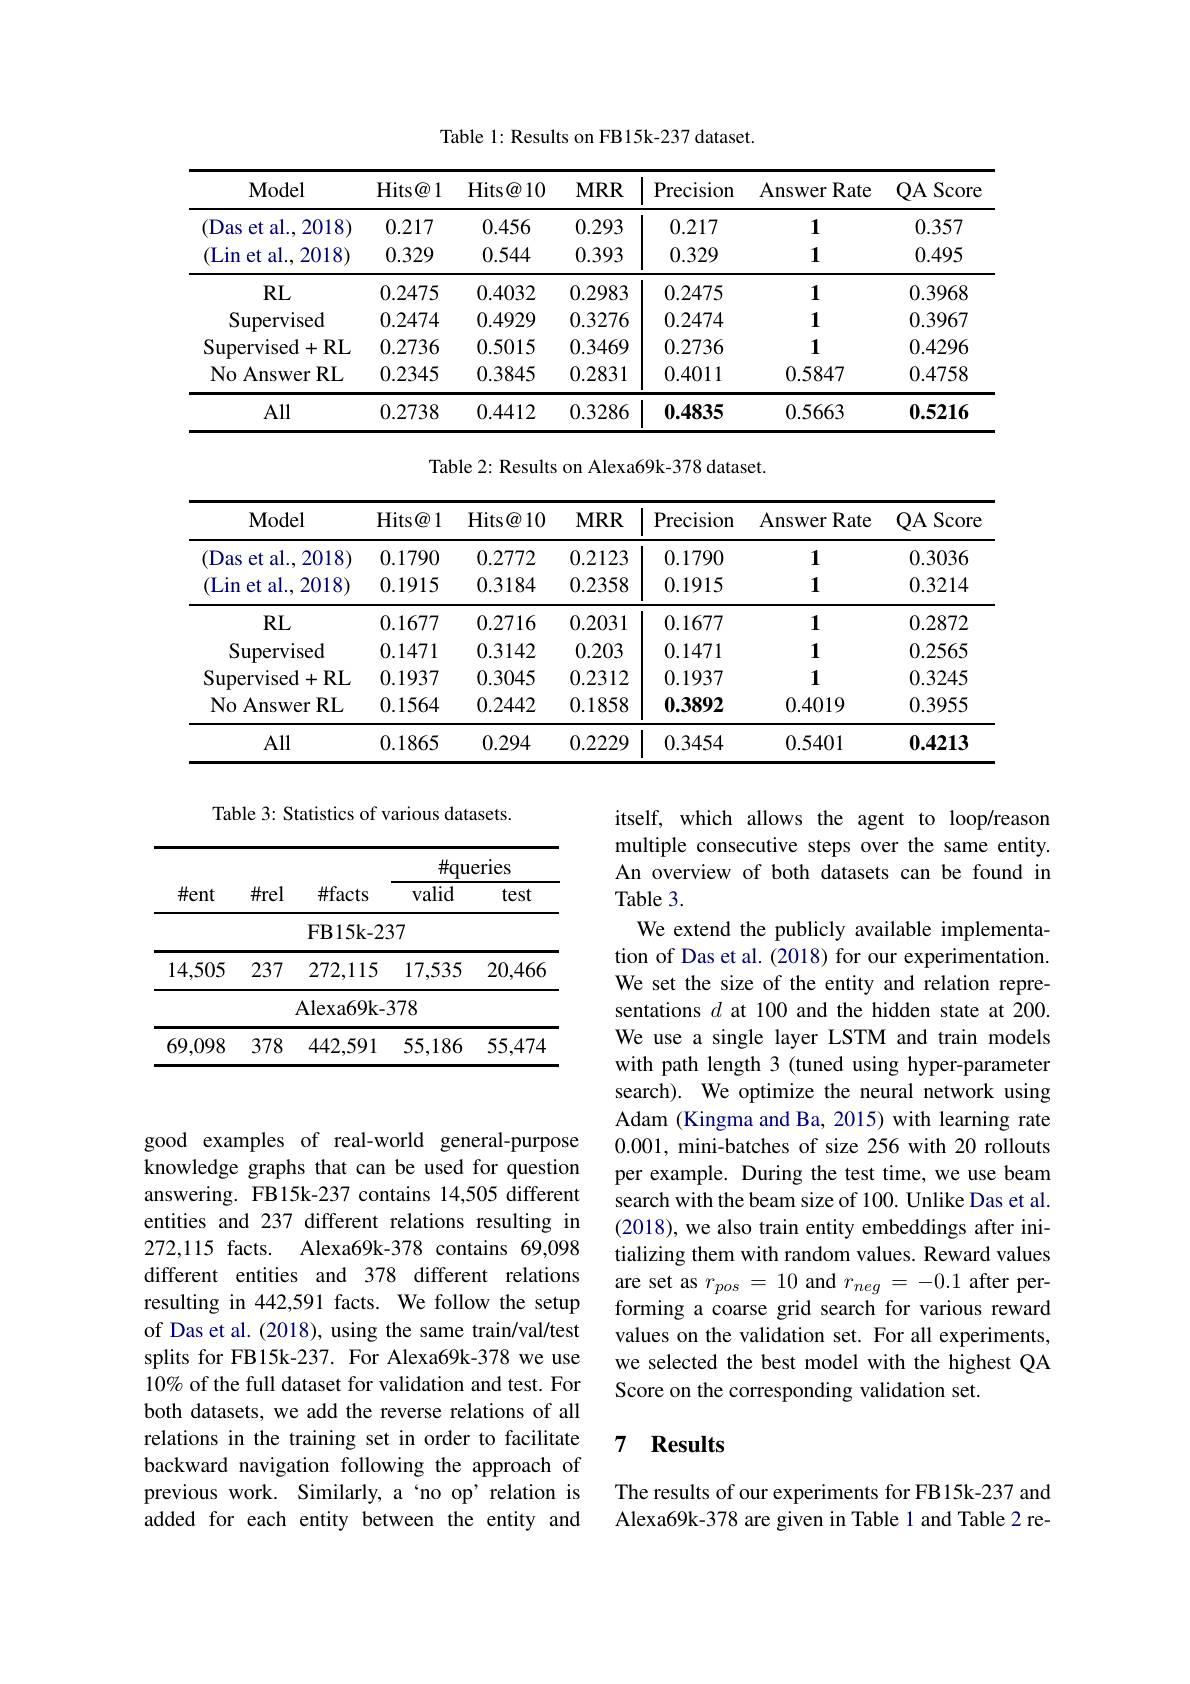
Table 1: Results on FB15k-237 dataset.

<table>
	<tbody>
		<tr>
			<th>Model</th>
			<th>$\operatorname{Hits@}1$</th>
			<th>$\operatorname{Hits@10}$</th>
			<th>$MRR$</th>
			<th>Precision</th>
			<th>Answer Rate</th>
			<th>QA Score</th>
		</tr>
		<tr>
			<td>(D. $1as$ $et:$ al., 2018</td>
			<td>0.217</td>
			<td>0.456</td>
			<td>0.293</td>
			<td>0.217</td>
			<td>1</td>
			<td>0.357</td>
		</tr>
		<tr>
			<td>(Lin et al.,2 2018</td>
			<td>0.329</td>
			<td>0.544</td>
			<td>0.393</td>
			<td>0.329</td>
			<td>1</td>
			<td>0.495</td>
		</tr>
		<tr>
			<td>$RL$</td>
			<td>0.2475</td>
			<td>0.4032</td>
			<td>0.2983</td>
			<td>0.2475</td>
			<td>1</td>
			<td>0.3968</td>
		</tr>
		<tr>
			<td>Supervised</td>
			<td>0.2474</td>
			<td>0.4929</td>
			<td>0.3276</td>
			<td>0.2474</td>
			<td>1</td>
			<td>0.3967</td>
		</tr>
		<tr>
			<td>Supervised+ RL</td>
			<td>0.2736</td>
			<td>0.5015</td>
			<td>0.3469</td>
			<td>0.2736</td>
			<td>1</td>
			<td>0.4296</td>
		</tr>
		<tr>
			<td>No Answer E $RL$</td>
			<td>0.2345</td>
			<td>0.3845</td>
			<td>0.2831</td>
			<td>0.4011</td>
			<td>0.5847</td>
			<td>0.4758</td>
		</tr>
		<tr>
			<td>All</td>
			<td>0.2738</td>
			<td>0.4412</td>
			<td>0.3286</td>
			<td>0.4835</td>
			<td>0.5663</td>
			<td>0.5216</td>
		</tr>
	</tbody>
</table>

Table 2: Results on Alexa69k-378 dataset.

<table>
	<tbody>
		<tr>
			<th>Model</th>
			<th>$\operatorname{Hits@}1$</th>
			<th>Hits@ 10</th>
			<th>$MRR$</th>
			<th>Precision</th>
			<th>Answer Rate</th>
			<th>QA Score</th>
		</tr>
		<tr>
			<td>(Das et al., 2018</td>
			<td>0.1790</td>
			<td>0.2772</td>
			<td>0.2123</td>
			<td>0.1790</td>
			<td>1</td>
			<td>0.3036</td>
		</tr>
		<tr>
			<td>(Lin $let\varepsilon$ al., 2018</td>
			<td>0.1915</td>
			<td>0.3184</td>
			<td>0.2358</td>
			<td>0.1915</td>
			<td>1</td>
			<td>0.3214</td>
		</tr>
		<tr>
			<td>$RL$</td>
			<td>0.1677</td>
			<td>0.2716</td>
			<td>0.2031</td>
			<td>0.1677</td>
			<td>1</td>
			<td>0.2872</td>
		</tr>
		<tr>
			<td>Supervised</td>
			<td>0.1471</td>
			<td>0.3142</td>
			<td>0.203</td>
			<td>0.1471</td>
			<td>1</td>
			<td>0.2565</td>
		</tr>
		<tr>
			<td>Supervised+ RL</td>
			<td>0.1937</td>
			<td>0.3045</td>
			<td>0.2312</td>
			<td>0.1937</td>
			<td>1</td>
			<td>0.3245</td>
		</tr>
		<tr>
			<td>No Answer RL</td>
			<td>0.1564</td>
			<td>0.2442</td>
			<td>0.1858</td>
			<td>0.3892</td>
			<td>0.4019</td>
			<td>0.3955</td>
		</tr>
		<tr>
			<td>All</td>
			<td>0.1865</td>
			<td>0.294</td>
			<td>0.2229</td>
			<td>0.3454</td>
			<td>0.5401</td>
			<td>0.4213</td>
		</tr>
	</tbody>
</table>

Table 3: Statistics of various datasets.

<table>
	<tbody>
		<tr>
			<th rowspan="2">$\#ent$</th>
			<th rowspan="2">$\#$rel</th>
			<th rowspan="2">$\#$facts</th>
			<th colspan="2">$\#$queries</th>
		</tr>
		<tr>
			<th>valid</th>
			<th>test</th>
		</tr>
		<tr>
			<td> </td>
			<td> </td>
			<td>$\mathbf{FB15k-23}$</td>
			<td>37</td>
			<td> </td>
		</tr>
		<tr>
			<td>14,505</td>
			<td>237</td>
			<td>272,115</td>
			<td>17,535</td>
			<td>20,466</td>
		</tr>
		<tr>
			<td> </td>
			<td> </td>
			<td>${\mathrm{Alexa69k-}}$</td>
			<td>378</td>
			<td> </td>
		</tr>
		<tr>
			<td>69,098</td>
			<td>378</td>
			<td>442,591</td>
			<td>55,186</td>
			<td>55,474</td>
		</tr>
	</tbody>
</table>

itself, which allows the agent to loop/reason multiple consecutive steps over the same entity. An overview of both datasets can be found in Table 3.
We extend the publicly available implementation of Das et al. (2018) for our experimentation. We set the size of the entity and relation representations $d$ at 100 and the hidden state at 200. We use a single layer LSTM and train models with path length 3 (tuned using hyper-parameter search). We optimize the neural network using Adam (Kingma and Ba, 2015) with learning rate 0.001, mini-batches of size 256 with 20 rollouts per example. During the test time, we use beam search with the beam size of 100. Unlike Das et al. (2018), we also train entity embeddings after initializing them with random values. Reward values are set as $r_{pos}=10$ and $r_{neg}=-0.1$ after performing a coarse grid search for various reward values on the validation set. For all experiments, we selected the best model with the highest QA Score on the corresponding validation set.

good examples of real-world general-purpose knowledge graphs that can be used for question answering. FB15k-237 contains 14,505 different entities and 237 different relations resulting in 272,115 facts. Alexa69k-378 contains 69,098 different entities and 378 different relations resulting in 442,591 facts. We follow the setup of Das et al. (2018), using the same train/val/test splits for FB15k-237. For Alexa69k-378 we use 10% of the full dataset for validation and test. For both datasets, we add the reverse relations of all relations in the training set in order to facilitate backward navigation following the approach of previous work. Similarly, a‘no op’relation is added for each entity between the entity and

## 7 Results

The results of our experiments for FB15k-237 and Alexa69k-378 are given in Table 1 and Table 2 re-